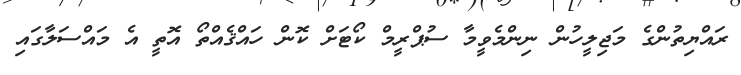
ރައްޔިތުންގެ މަޖިލީހުން ނިންމެވީމާ ސުޕްރީމް ކޯޓަށް ކޮން ހައްޤެއްތޯ އޮތީ އެ މައްސަލާގައި